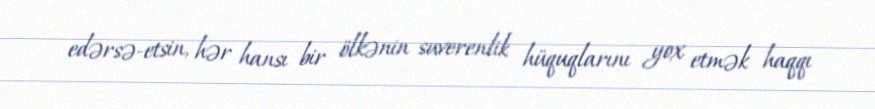
edərsə-etsin, hər hansı bir ölkənin suverenlik hüquqlarını yox etmək haqqı